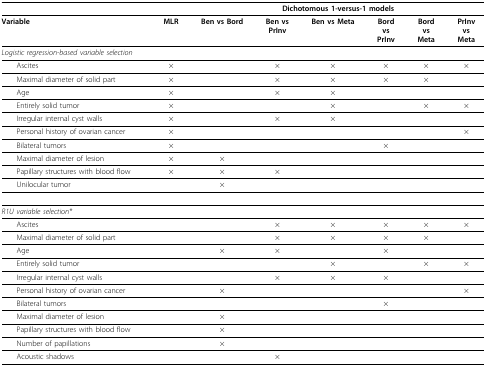
|  |  | <COLSPAN=6> Dichotomous 1-versus-1 models |
 | --- | --- | --- | --- | --- | --- | --- | --- |
 | Variable | MLR | Ben vs Bord | Ben vsPrInv | Ben vs Meta | BordvsPrInv | BordvsMeta | PrInvvsMeta |
 | Logistic regression-based variable selection |  |  |  |  |  |  |  |
 | Ascites | × |  | × | × | × | × | × |
 | Maximal diameter of solid part | × |  | × | × | × | × |  |
 | Age | × |  | × | × |  |  |  |
 | Entirely solid tumor | × |  |  | × |  | × | × |
 | Irregular internal cyst walls | × |  | × | × |  |  |  |
 | Personal history of ovarian cancer | × |  |  |  |  |  | × |
 | Bilateral tumors | × |  |  |  | × |  |  |
 | Maximal diameter of lesion | × | × |  |  |  |  |  |
 | Papillary structures with blood flow | × | × | × |  |  |  |  |
 | Unilocular tumor |  | × |  |  |  |  |  |
 | R1U variable selection* |  |  |  |  |  |  |  |
 | Ascites |  |  | × | × | × | × | × |
 | Maximal diameter of solid part |  |  | × | × | × | × |  |
 | Age |  | × | × |  | × |  |  |
 | Entirely solid tumor |  |  |  | × |  | × | × |
 | Irregular internal cyst walls |  |  | × | × | × |  |  |
 | Personal history of ovarian cancer |  | × |  |  |  |  | × |
 | Bilateral tumors |  |  |  |  | × |  |  |
 | Maximal diameter of lesion |  | × |  |  |  |  |  |
 | Papillary structures with blood flow |  | × |  |  |  |  |  |
 | Number of papillations |  | × |  |  |  |  |  |
 | Acoustic shadows |  |  | × |  |  |  |  |